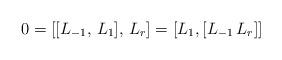
LaTeX: \begin{align*} 0 =[[L_{-1}, \, L_1], \, L_r]= [ L_1,[L_{-1} \, L_r]] \end{align*}